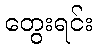
တွေးရင်း